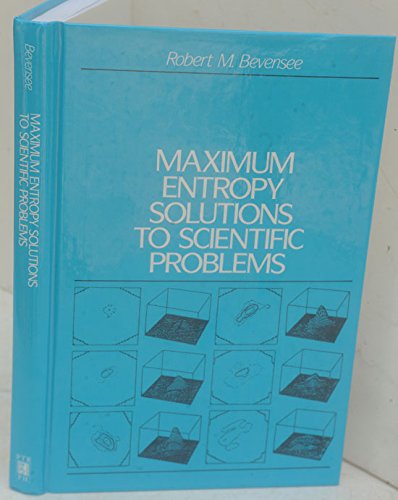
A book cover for Maximum Entropy Solutions to Scientific Problems; Robert M. Bevensee; Science & Math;